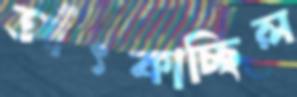
আঁৎকাচ্ছিল